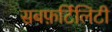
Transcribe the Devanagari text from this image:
सबफ़र्टिलिटी